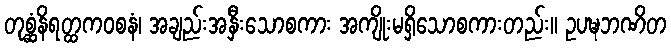
တုစ္ဆံနိရတ္ထကဝစနံ၊ အချည်းအနှီးသောစကား အကျိုးမရှိသောစကားတည်း။ ဥပဍ္ဎဘဏိတ